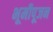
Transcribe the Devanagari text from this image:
भूमीपूजन